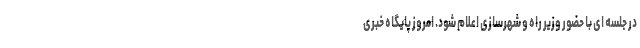
در جلسه ای با حضور وزیر راه و شهرسازی اعلام شود. امروز پایگاه خبری